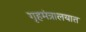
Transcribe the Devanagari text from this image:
गृहमंत्रालयात